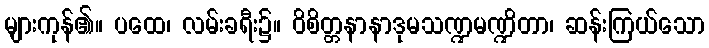
များကုန်၏။ ပထေ၊ လမ်းခရီး၌။ ဝိစိတ္တနာနာဒုမသဏ္ဍမဏ္ဍိတာ၊ ဆန်းကြယ်သော